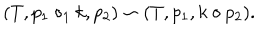
( T , p _ { 1 } \circ _ { 1 } k , p _ { 2 } ) \sim ( T , p _ { 1 } , k \circ p _ { 2 } ) .